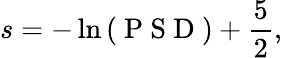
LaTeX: s=-\ln\left(\mathrm{~P~S~D~}\right)+\frac{5}{2},